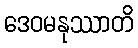
ဒေဝမနုဿာတိ